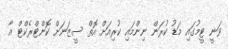
ވަނީ ޓީމުގައި މަޑު ކުރަން ނިންމައި ކުރިއަށް އޮތް ސީޒަނަށް ކޮންޓްރެކްޓް އާ